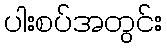
ပါးစပ်အတွင်း